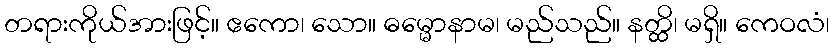
တရားကိုယ်အားဖြင့်။ ဧကော၊ သော။ ဓမ္မောနာမ၊ မည်သည်။ နတ္ထိ၊ မရှိ။ ကေဝလံ၊